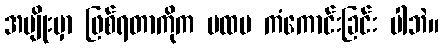
အမျိုးမှာ ဖြစ်ရတာကိုက ပထမ ကံကောင်းခြင်း ပါဘဲ။